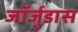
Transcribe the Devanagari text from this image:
जॉर्जुडास